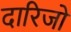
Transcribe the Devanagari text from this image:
दारिजो